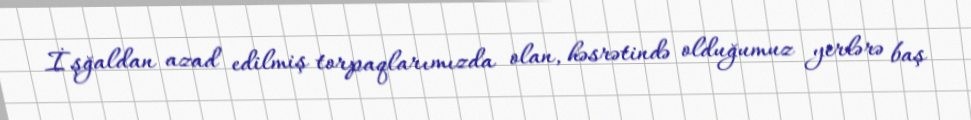
İşğaldan azad edilmiş torpaqlarımızda olan, həsrətində olduğumuz yerlərə baş